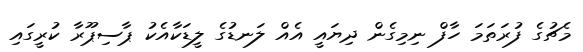
މެޗުގެ ފުރަތަމަ ހާފް ނިމިގެން ދިޔައީ އެއް ލަނޑުގެ ލީޑަކާއެކު ޕާސިޕޫރާ ކުރީގައި